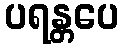
ပရန္တပေ